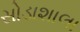
સોડાશાલા